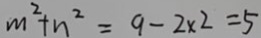
m ^ { 2 } + n ^ { 2 } = 9 - 2 \times 2 = 5